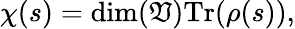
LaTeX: \chi(s)=\dim(\mathfrak{V}){\mathrm{{Tr}}}(\rho(s)),